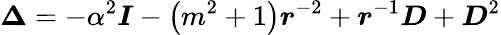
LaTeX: \boldsymbol{\Delta}=-{\alpha^{2}\boldsymbol{I}}-{\left(m^{2}+1\right)\boldsymbol{r}^{-2}}+{\boldsymbol{r}^{-1}\boldsymbol{D}}+\boldsymbol{D}^{2}